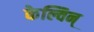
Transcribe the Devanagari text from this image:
केल्विन्